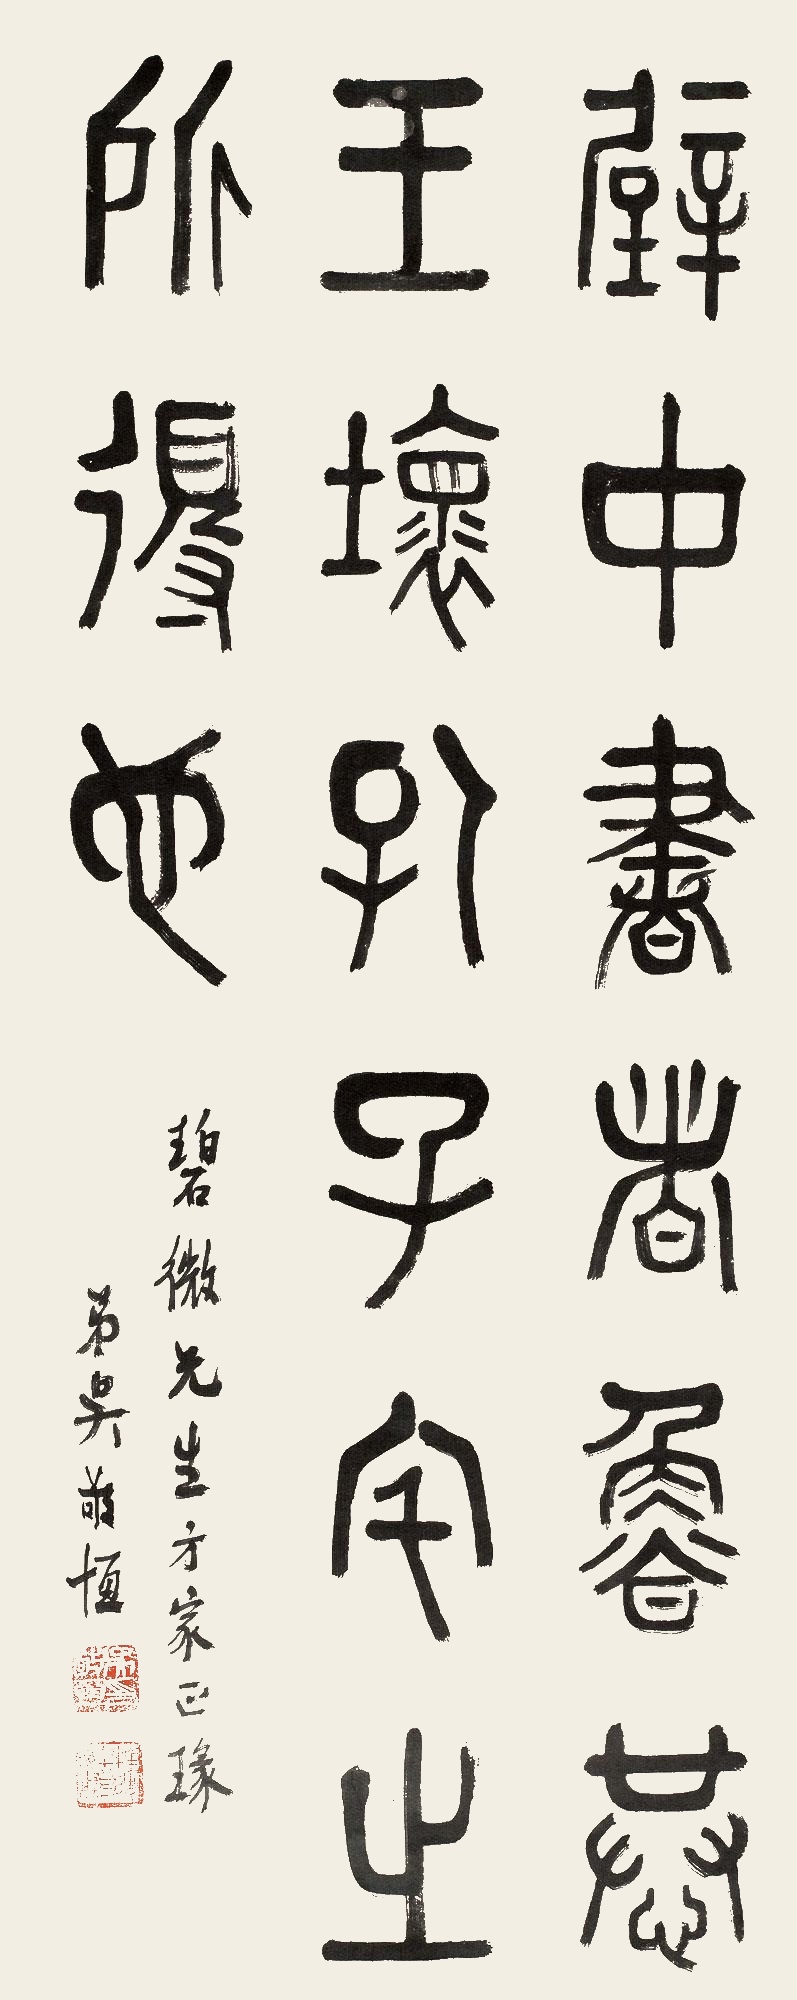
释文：壁中书者，鲁恭王坏孔子宅之所得也。碧微先生方家正篆。弟吴敬恒。